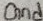
Text: Gnd